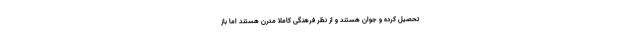
تحصیل کرده و جوان هستند و از نظر فرهنگی کاملاً مدرن هستند اما باز